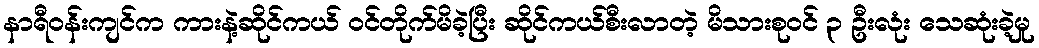
နာရီဝန်းကျင်က ကားနဲ့ဆိုင်ကယ် ဝင်တိုက်မိခဲ့ပြီး ဆိုင်ကယ်စီးလာတဲ့ မိသားစုဝင် ၃ ဦးလုံး သေဆုံးခဲ့မှု